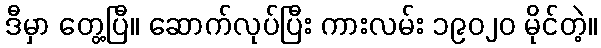
ဒီမှာ တွေ့ပြီ။ ဆောက်လုပ်ပြီး ကားလမ်း ၁၉၀၂၀ မိုင်တဲ့။